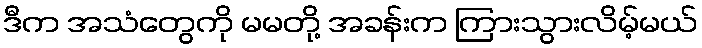
ဒီက အသံတွေကို မမတို့ အခန်းက ကြားသွားလိမ့်မယ်